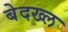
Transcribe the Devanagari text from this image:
बेदख्ल